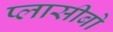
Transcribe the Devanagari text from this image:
प्लासीबो